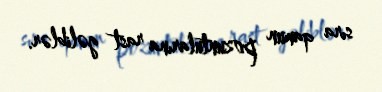
sıra qanun pozuntularına rast gəliblər.